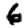
Digit: 6